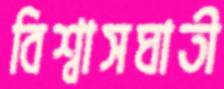
বিশ্বাসঘাতী